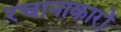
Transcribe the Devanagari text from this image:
रचानाकारों